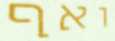
ואף